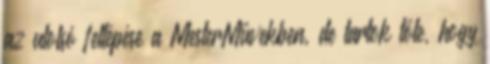
az utolsó fellépése a MesterMűvekben, de tartok tőle, hogy